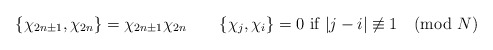
\begin{align*}\{\chi_{2n\pm1},\chi_{2n}\}=\chi_{2n\pm1}\chi_{2n}\qquad\{\chi_j,\chi_i\}=0 \mbox{ if }|j-i|\not\equiv1\pmod{N}\end{align*}